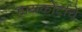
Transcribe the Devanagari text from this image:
हायकोर्टाचे